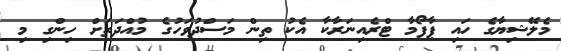
މެލޭޝިޔާގެ ހައި ޕާފޯމާ ޓްރެއިނަރާކާ އެކު ތިން މަސްދުވަހުގެ މުއްދަތަށް ހިންގި މި